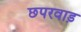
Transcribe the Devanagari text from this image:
छपरवाड़